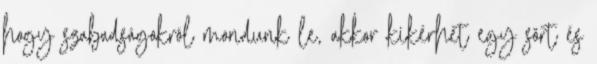
hogy szabadságokról mondunk le, akkor kikérhet egy sört és